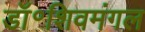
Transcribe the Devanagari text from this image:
डॉ॰शिवमंगल